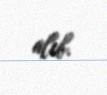
alıb.